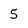
Character: 5